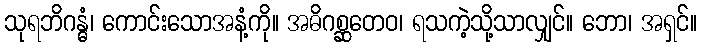
သုရဘိဂန္ဓံ၊ ကောင်းသောအနံ့ကို။ အဓိဂစ္ဆတေဝ၊ ရသကဲ့သို့သာလျှင်။ ဘော၊ အရှင်။